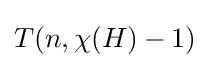
T(n,\chi (H)-1)